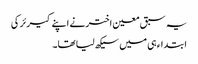
یہ سبق معین اختر نے اپنے کیرئر کی
ابتداء ہی میں سیکھ لیا تھا۔